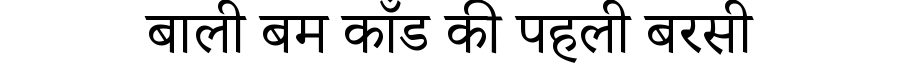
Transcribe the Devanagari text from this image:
बाली बम काँड की पहली बरसी